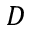
D